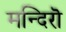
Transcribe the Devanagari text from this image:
मन्दिरॊ